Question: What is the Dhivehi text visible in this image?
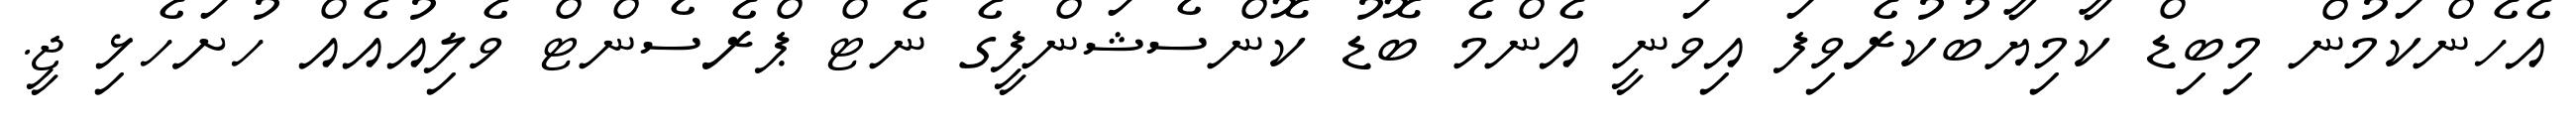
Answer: އެހެންކަމުން މިބިޑް ކާމިޔާބުކުރެވިފަ އިވަނީ އެންމެ ބޮޑު ކޮންސެޝަންފީގެ ނެޓް ޕްރެސެންޓް ވެލިއުއެއް ހުށަހެޅި ޖީ.